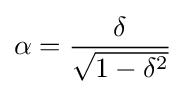
\alpha ={\frac {\delta }{\sqrt {1-\delta ^{2}}}}